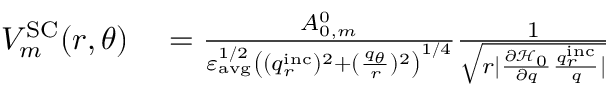
\begin{array} { r l } { V _ { m } ^ { \mathrm { S C } } ( r , \theta ) } & { { } = \frac { A _ { 0 , m } ^ { 0 } } { \varepsilon _ { \mathrm { a v g } } ^ { 1 / 2 } \left( ( q _ { r } ^ { \mathrm { i n c } } ) ^ { 2 } + ( \frac { q _ { \theta } } { r } ) ^ { 2 } \right) ^ { 1 / 4 } } \frac { 1 } { \sqrt { r | \frac { \partial \mathcal { H } _ { 0 } } { \partial q } \frac { q _ { r } ^ { \mathrm { i n c } } } { q } | } } } \end{array}